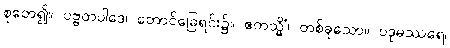
စုတေ၍။ ပဗ္ဗတပါဒေ၊ တောင်ခြေရင်း၌။ ဧကသ္မိံ၊ တစ်ခုသော။ ပဒုမဿရေ၊